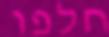
חלפו